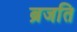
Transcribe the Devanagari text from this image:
ब्रजति